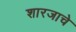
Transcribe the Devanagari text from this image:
शारजाचे